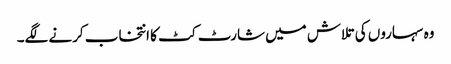
وہ سہاروں کی تلاش میں شارٹ کٹ کا انتخاب کرنے لگے۔